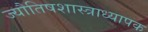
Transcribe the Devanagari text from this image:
ज्यौतिषशास्त्राध्यापक